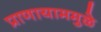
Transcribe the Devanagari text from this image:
प्राणायाममुळे